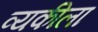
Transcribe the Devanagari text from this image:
व्यकीला